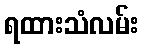
ရထားသံလမ်း